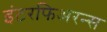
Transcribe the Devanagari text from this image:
इंटरफिअरन्स